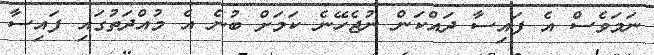
ނަމަވެސް އެ ފައިސާ ދައްކަން ނުޖެހޭނެ ކަމަށް ބުނެ އެ މުއްދަތުގައި ފައިސާ